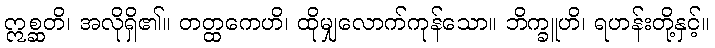
ဣစ္ဆတိ၊ အလိုရှိ၏။ တတ္ထကေဟိ၊ ထိုမျှလောက်ကုန်သော။ ဘိက္ခူဟိ၊ ရဟန်းတို့နှင့်။